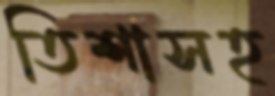
তিশাসহ